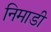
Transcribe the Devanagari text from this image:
निमाडी